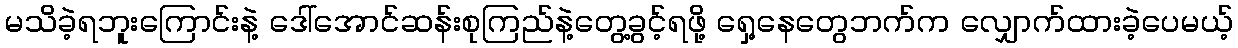
မသိခဲ့ရဘူးကြောင်းနဲ့ ဒေါ်အောင်ဆန်းစုကြည်နဲ့တွေ့ခွင့်ရဖို့ ရှေ့နေတွေဘက်က လျှောက်ထားခဲ့ပေမယ့်